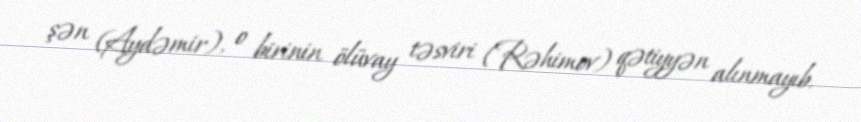
şən (Aydəmir), o birinin ölüvay təsviri (Rəhimov) qətiyyən alınmayıb.